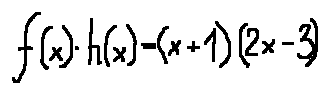
f ( x ) \cdot h ( x ) = ( x + 1 ) ( 2 x - 3 )